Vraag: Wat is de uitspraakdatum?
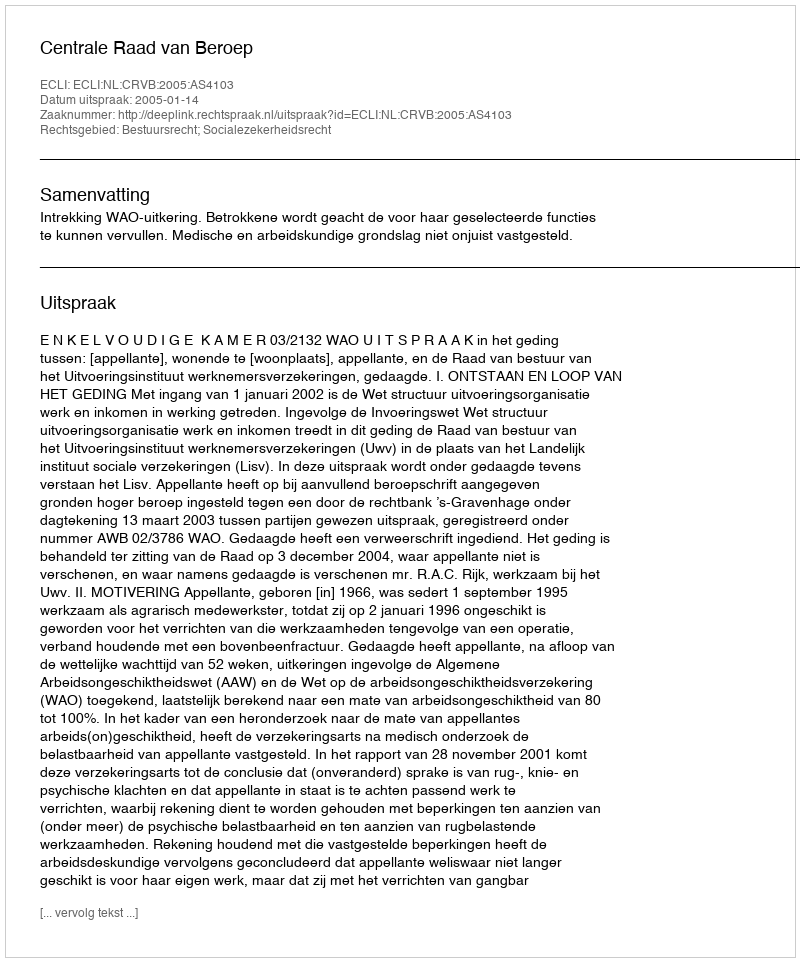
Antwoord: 2005-01-14